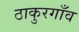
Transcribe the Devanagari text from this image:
ठाकुरगाँव